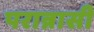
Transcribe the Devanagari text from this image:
परान्नासी